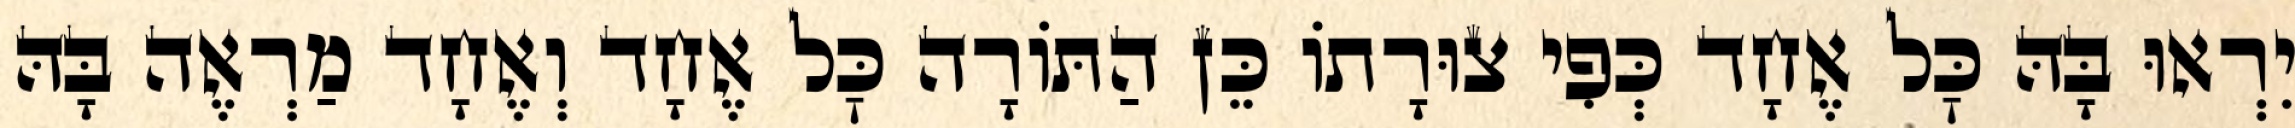
יִרְאוּ בָּהּ כׇּל אֶחָד כְּפִי צוּרָתוֹ כֵּן הַתּוֹרָה כׇּל אֶחָד וְאֶחָד מַרְאֶה בָּהּ